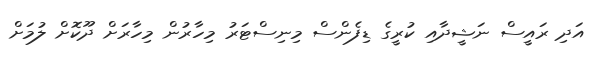
އަދި ރައީސް ނަޝީދާއި ކުރީގެ ޑިފެންސް މިނިސްޓަރު މިހާރުން މިހާރަށް ދޫކޮށް ލުމަށް